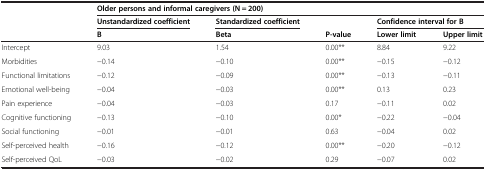
|  | <COLSPAN=5> Older persons and informal caregivers (N = 200) |
 |  | Unstandardized coefficient | Standardized coefficient |  | <COLSPAN=2> Confidence interval for B |
 |  | B | Beta | P-value | Lower limit | Upper limit |
 | --- | --- | --- | --- | --- | --- |
 | Intercept | 9.03 | 1.54 | 0.00** | 8.84 | 9.22 |
 | Morbidities | −0.14 | −0.10 | 0.00** | −0.15 | −0.12 |
 | Functional limitations | −0.12 | −0.09 | 0.00** | −0.13 | −0.11 |
 | Emotional well-being | −0.04 | −0.03 | 0.00** | 0.13 | 0.23 |
 | Pain experience | −0.04 | −0.03 | 0.17 | −0.11 | 0.02 |
 | Cognitive functioning | −0.13 | −0.10 | 0.00* | −0.22 | −0.04 |
 | Social functioning | −0.01 | −0.01 | 0.63 | −0.04 | 0.02 |
 | Self-perceived health | −0.16 | −0.12 | 0.00** | −0.20 | −0.12 |
 | Self-perceived QoL | −0.03 | −0.02 | 0.29 | −0.07 | 0.02 |